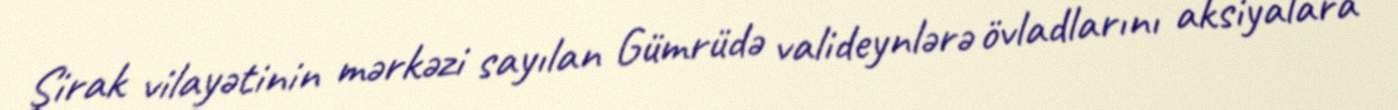
Şirak vilayətinin mərkəzi sayılan Gümrüdə valideynlərə övladlarını aksiyalara